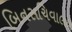
બિનસચિવાલય